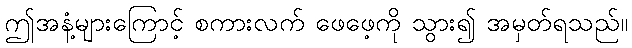
ဤအနံ့များကြောင့် စကားလက် ဖေဖေ့ကို သွား၍ အမှတ်ရသည်။